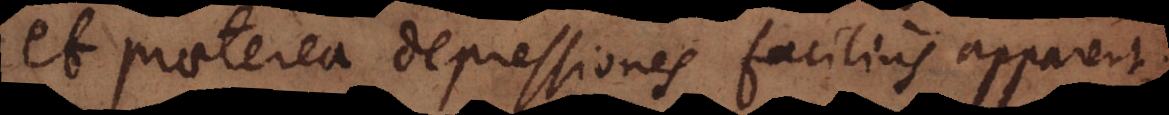
et praeterea depressiones facilius apparent;